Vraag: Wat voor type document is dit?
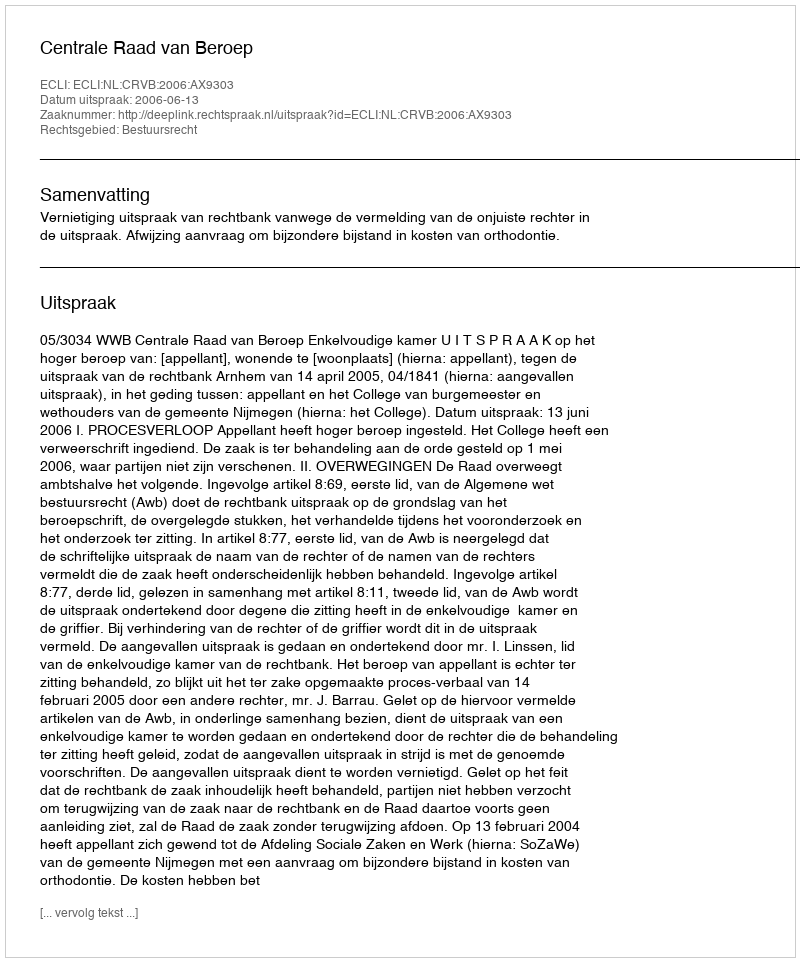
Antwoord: Uitspraak